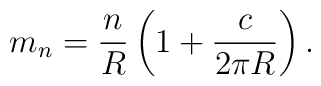
m_n = \frac{n}{R}\left(1+\frac{c}{2\pi R} \right).